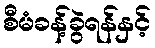
စီမံခန့်ခွဲရန်နှင့်